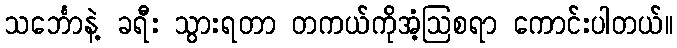
သင်္ဘောနဲ့ ခရီး သွားရတာ တကယ်ကိုအံ့ဩစရာ ကောင်းပါတယ်။